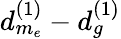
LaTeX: d_{m_{e}}^{(1)}-d_{g}^{(1)}